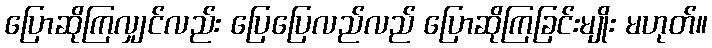
ပြောဆိုကြလျှင်လည်း ပြေပြေလည်လည် ပြောဆိုကြခြင်းမျိုး မဟုတ်။